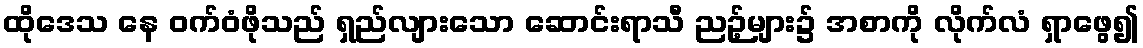
ထိုဒေသ နေ ဝက်ဝံဖိုသည် ရှည်လျားသော ဆောင်းရာသီ ညဉ့်များ၌ အစာကို လိုက်လံ ရှာဖွေ၍